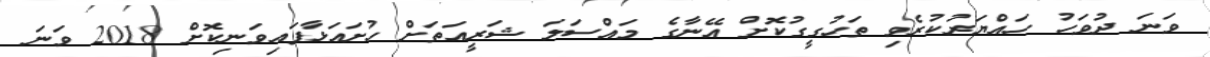
ވަނަ ދުވަހު ހައްޔަރުކުރެވި ތަހުގީގުކޮށް އޭނާގެ މައްސަލަ ޝަރީއަތަށް ހުށައަޅާފައިވަނިކޮށް 2018 ވަނަ